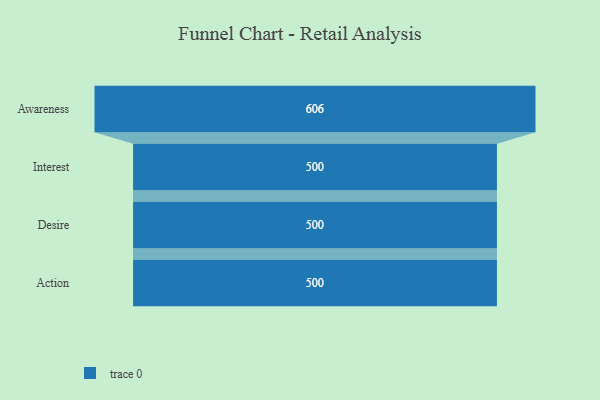
{"axis": {"x": "Stage", "y": "Value"}, "legend": [""], "data": [{"x": "Awareness", "y": 606.0, "type": ""}, {"x": "Interest", "y": 500, "type": ""}, {"x": "Desire", "y": 500, "type": ""}, {"x": "Action", "y": 500, "type": ""}]}